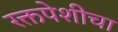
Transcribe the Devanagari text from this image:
रक्तपेशीचा